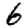
Digit: 6